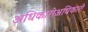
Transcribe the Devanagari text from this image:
अधिकारीअधिकारी